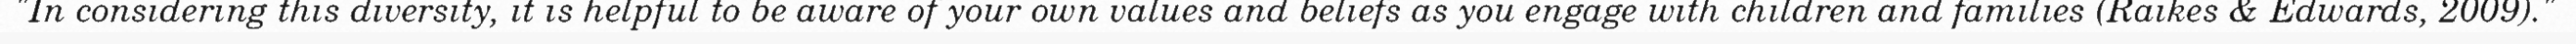
"In considering this diversity, it is helpful to be aware of your own values and beliefs as you engage with children and families (Raikes & Edwards, 2009)."